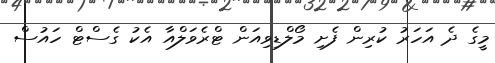
މީގެ ދެ އަހަރު ކުރިން ފެށި މޯލްޑިވިއަން ޓްރެވަލްއާ އެކު ގެސްޓް ހައުސް